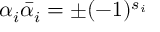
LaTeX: \alpha _ { i } { \bar { \alpha } } _ { i } = \pm ( - 1 ) ^ { s _ { i } }